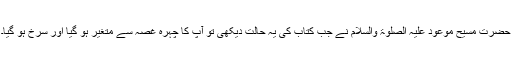
حضرت مسیح موعود علیہ الصلوٰۃ والسلام نے جب کتاب کی یہ حالت دیکھی تو آپؑ کا چہرہ غصّہ سے متغیر ہو گیا اور سرخ ہو گیا۔